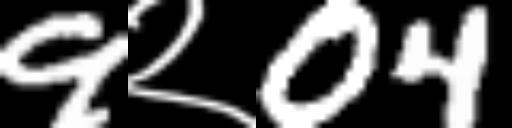
Text: 9२04